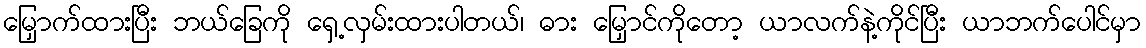
မြှောက်ထားပြီး ဘယ်ခြေကို ရှေ့လှမ်းထားပါတယ်၊ ဓား မြှောင်ကိုတော့ ယာလက်နဲ့ကိုင်ပြီး ယာဘက်ပေါင်မှာ